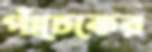
পাঁচেকের